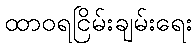
ထာဝရငြိမ်းချမ်းရေး